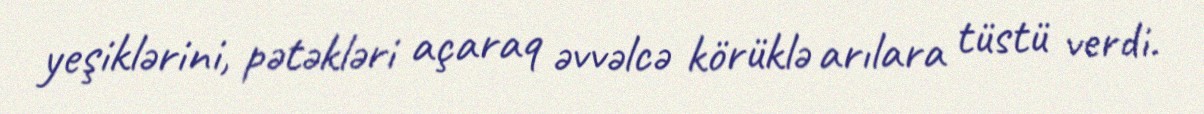
yeşiklərini, pətəkləri açaraq əvvəlcə körüklə arılara tüstü verdi.